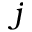
j